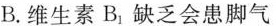
B.维生素B.缺乏会患脚气